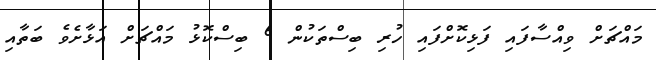
މައްޗަށް ވިއްސާފައި ފަޅިކޮށްފައި ހުރި ބިސްތަކުން 6 ބިސްކޮޅު މައްޗަށް އަޅާށެވެ ބަތާއި